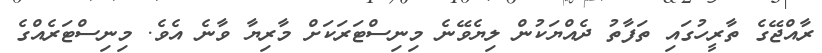
ރާއްޖޭގެ ތާރީހުގައި ތަފާތު ދެއްޔަކުން ލިޔެވޭނެ މިނިސްޓަރަކަށް މާރިޔާ ވާނެ އެވެ. މިނިސްޓަރެއްގެ